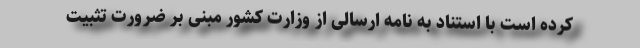
کرده است با استناد به نامه ارسالی از وزارت کشور مبنی بر ضرورت تثبیت